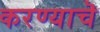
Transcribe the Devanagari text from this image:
करण्याचॆ